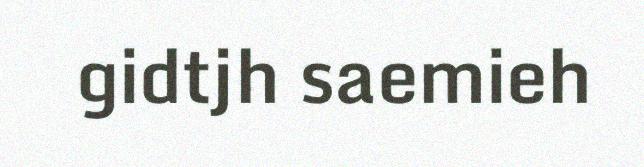
gidtjh saemieh